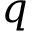
q